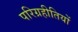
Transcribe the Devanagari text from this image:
परिग्रहीतियों